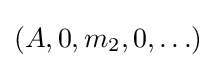
(A,0,m_{2},0,\ldots )